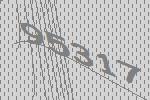
95317